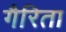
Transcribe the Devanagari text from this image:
गैरिता